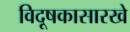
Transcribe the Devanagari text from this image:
विदूषकासारखे